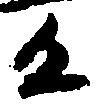
反